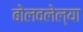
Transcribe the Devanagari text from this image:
बोलवलेल्या